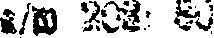
a/w 203: 80